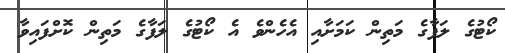
ކޯޓުގެ ލަފާގެ މަތިން ކަމަށާއި އެހެންވެ އެ ކޯޓުގެ ލަފާގެ މަތިން ކޮށްފައިވާ